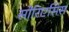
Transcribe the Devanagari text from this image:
सोरिएसिस